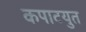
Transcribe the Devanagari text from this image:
कपाटयुत